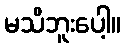
မသိဘူးပေါ့။